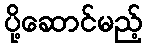
ပို့ဆောင်မည့်